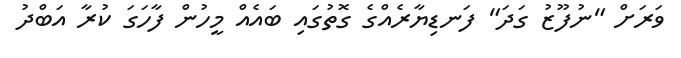
ވަރަށް "ނުފޫޒު ގަދަ" ފަނޑިޔާރެއްގެ ގޮތުގައި ބައެއް މީހުން ފާހަގަ ކުރާ އަބްދު